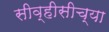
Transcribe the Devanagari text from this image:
सीव्हीसीच्या